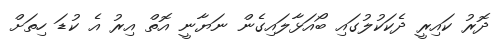
ދޮރު ކައިރީ ދެކަކުލުގައި ބޯއަޅާލައިގެން ނަޔާނީ އޮތް އިރު އެ ކުޑަ ހިތަށް